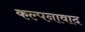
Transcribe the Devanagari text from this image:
कल्पनावाद